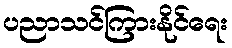
ပညာသင်ကြားနိုင်ရေး